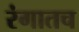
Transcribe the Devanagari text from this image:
रंगातच